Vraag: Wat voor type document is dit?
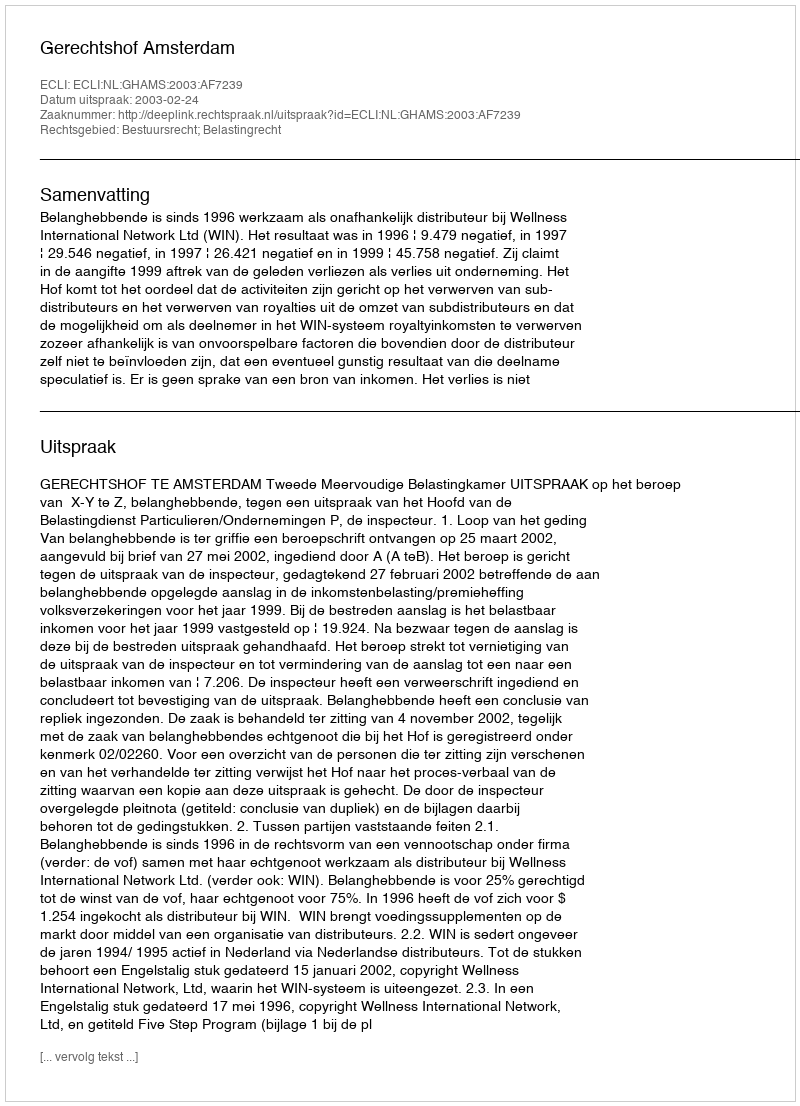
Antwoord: Uitspraak